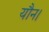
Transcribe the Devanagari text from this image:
यौन।